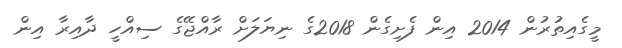
މީގެއިތުރުން 2014 އިން ފެށިގެން 2018ގެ ނިޔަލަށް ރާއްޖޭގެ ސިއްހީ ދާއިރާ އިން